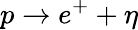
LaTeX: p\rightarrow e^{+}+\eta